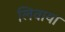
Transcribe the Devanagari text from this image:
लिवाया